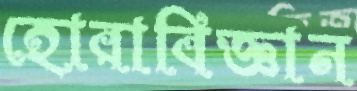
হোরাবিজ্ঞান